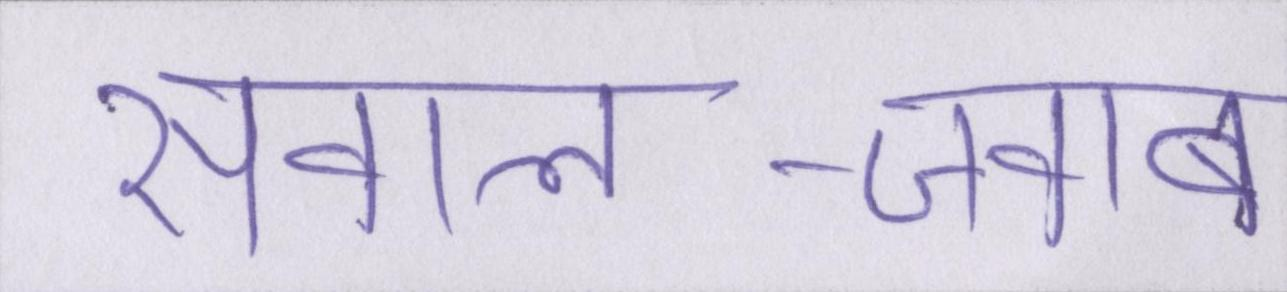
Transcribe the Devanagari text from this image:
सवाल-जवाब